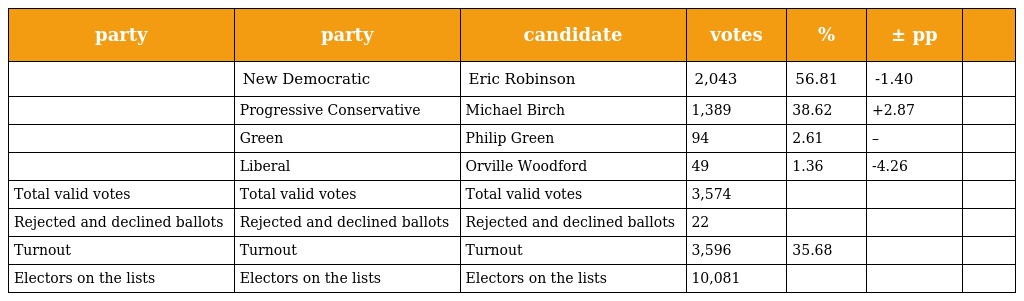
| party | party | candidate | votes | % | ± pp |  |
 | --- | --- | --- | --- | --- | --- | --- |
 |  | New Democratic | Eric Robinson | 2,043 | 56.81 | -1.40 |  |
 |  | Progressive Conservative | Michael Birch | 1,389 | 38.62 | +2.87 |  |
 |  | Green | Philip Green | 94 | 2.61 | – |  |
 |  | Liberal | Orville Woodford | 49 | 1.36 | -4.26 |  |
 | Total valid votes | Total valid votes | Total valid votes | 3,574 |  |  |  |
 | Rejected and declined ballots | Rejected and declined ballots | Rejected and declined ballots | 22 |  |  |  |
 | Turnout | Turnout | Turnout | 3,596 | 35.68 |  |  |
 | Electors on the lists | Electors on the lists | Electors on the lists | 10,081 |  |  |  |